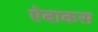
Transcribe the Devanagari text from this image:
ऐबाकस